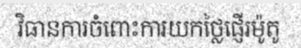
វិធានការចំពោះការយកថ្លៃផ្ញើរម៉ូតូ